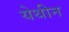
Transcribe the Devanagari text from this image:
येथीन